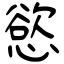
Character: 慾